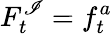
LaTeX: F_{t}^{\mathscr{I}}=f_{t}^{a}